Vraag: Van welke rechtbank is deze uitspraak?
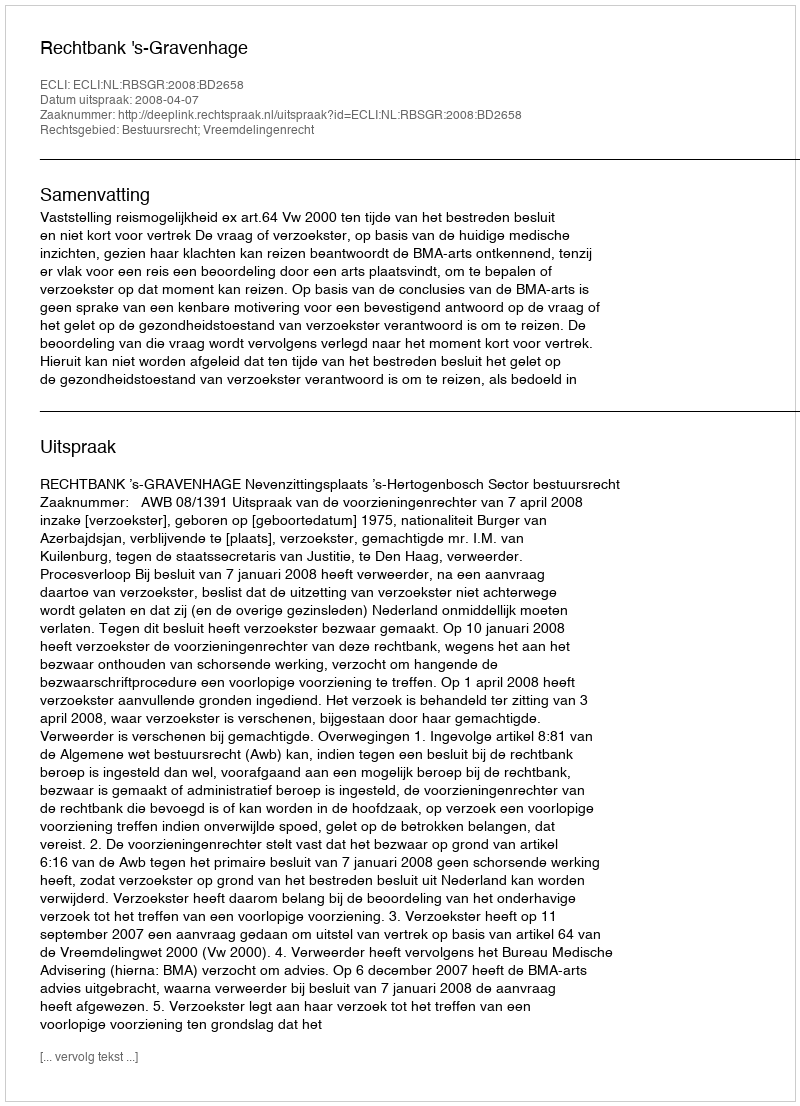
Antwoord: Rechtbank 's-Gravenhage